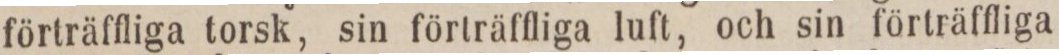
förträffliga torsk, sin förträffliga luft, och sin förträffliga